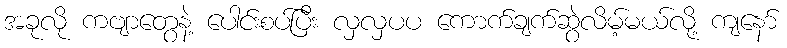
အခုလို ကဗျာတွေနဲ့ ပေါင်းစပ်ပြီး လှလှပပ ကောက်ချက်ဆွဲလိမ့်မယ်လို့ ကျနော်